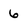
Character: 6